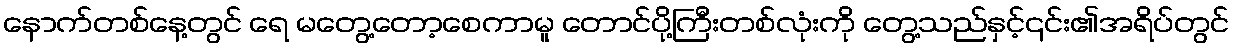
နောက်တစ်နေ့တွင် ရေ မတွေ့တော့စေကာမူ တောင်ပို့ကြီးတစ်လုံးကို တွေ့သည်နှင့်၎င်း၏အရိပ်တွင်